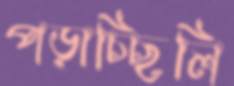
পড়াচ্ছিলি